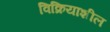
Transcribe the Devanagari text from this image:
विक्रियाशील